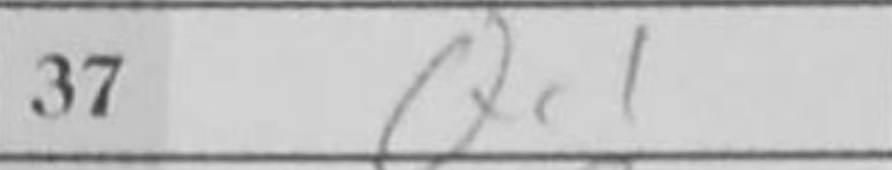
Transcription: Qc1